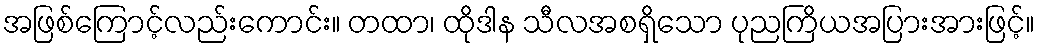
အဖြစ်ကြောင့်လည်းကောင်း။ တထာ၊ ထိုဒါန သီလအစရှိသော ပုညကြိယအပြားအားဖြင့်။